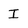
Character: I